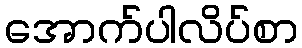
အောက်ပါလိပ်စာ